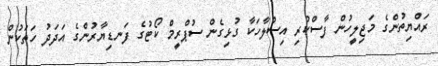
ރައްޔިތުންގެ މަޖިލީހުން ފާސްކުރި އިސްލާހަކާ ގުޅިގެން ސުޕްރީމް ކޯޓުގެ ފަނޑިޔާރުންގެ އަދަދު ހަތަކުން